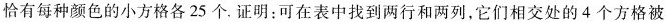
恰有每种颜色的小方格各25个.证明：可在表中找到两行和两列，它们相交处的4个方格被